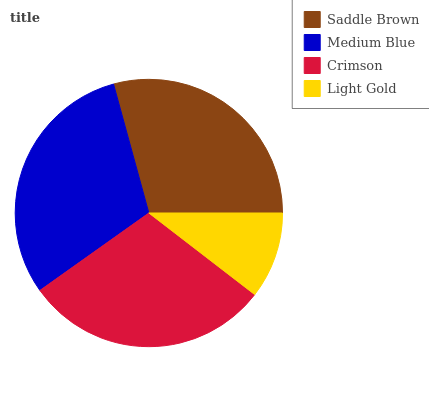
| Saddle Brown | Medium Blue | Crimson | Light Gold |
 | --- | --- | --- | --- |
 | 29.3% | 30.5% | 29.7% | 10.5% |